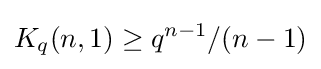
K_{q}(n,1)\geq q^{n-1}/(n-1)